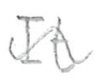
Text: It
Cross-out: wave
Writing tool: pencil